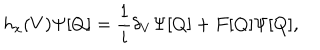
h _ { x } ( V ) \Psi [ Q ] = { \frac { 1 } { i } } \delta _ { V } \Psi [ Q ] + F [ Q ] \Psi [ Q ] ,